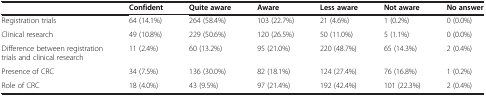
<table><thead><tr><td><b> </b></td><td><b>Confident</b></td><td><b>Quite aware</b></td><td><b>Aware</b></td><td><b>Less aware</b></td><td><b>Not aware</b></td><td><b>No answer</b></td></tr></thead><tbody><tr><td>Registration trials</td><td>64 (14.1%)</td><td>264 (58.4%)</td><td>103 (22.7%)</td><td>21 (4.6%)</td><td>1 (0.2%)</td><td>0 (0.0%)</td></tr><tr><td>Clinical research</td><td>49 (10.8%)</td><td>229 (50.6%)</td><td>120 (26.5%)</td><td>50 (11.0%)</td><td>5 (1.1%)</td><td>0 (0.0%)</td></tr><tr><td>Difference between registration trials and clinical research</td><td>11 (2.4%)</td><td>60 (13.2%)</td><td>95 (21.0%)</td><td>220 (48.7%)</td><td>65 (14.3%)</td><td>2 (0.4%)</td></tr><tr><td>Presence of CRC</td><td>34 (7.5%)</td><td>136 (30.0%)</td><td>82 (18.1%)</td><td>124 (27.4%)</td><td>76 (16.8%)</td><td>1 (0.2%)</td></tr><tr><td>Role of CRC</td><td>18 (4.0%)</td><td>43 (9.5%)</td><td>97 (21.4%)</td><td>192 (42.4%)</td><td>101 (22.3%)</td><td>2 (0.4%)</td></tr></tbody></table>